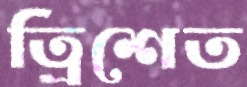
ত্রিশেত